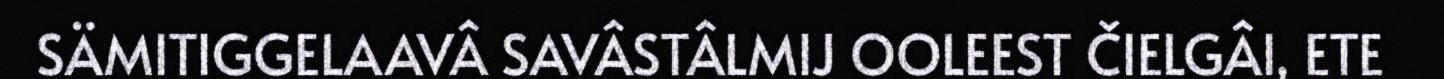
SÄMITIGGELAAVÂ SAVÂSTÂLMIJ OOLEEST ČIELGÂI, ETE